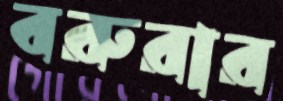
বরুরার